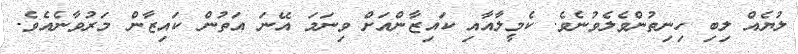
ލުޔެއް ލިބި ހިނިތުންވެލެވުނެވެ. ކެމީލާއާއި ކައިޒާންއަށް ވިނަމަ އޭނަ އަތުން ކައިޒާން މަރުވާނެއެވެ.